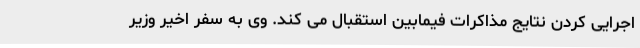
اجرایی کردن نتایج مذاکرات فیمابین استقبال می کند. وی به سفر اخیر وزیر